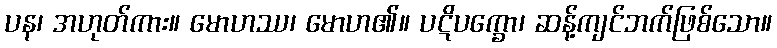
ပန၊ အဟုတ်ကား။ မောဟဿ၊ မောဟ၏။ ပဋိပက္ခော၊ ဆန့်ကျင်ဘက်ဖြစ်သော။